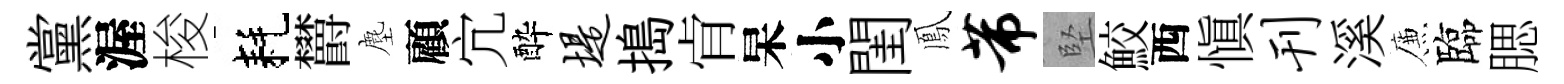
黨渥梭耗欝塵顧宂酔堤搗肻杲小閨鳳芾堅鮫西愼刊溪簾臨腮